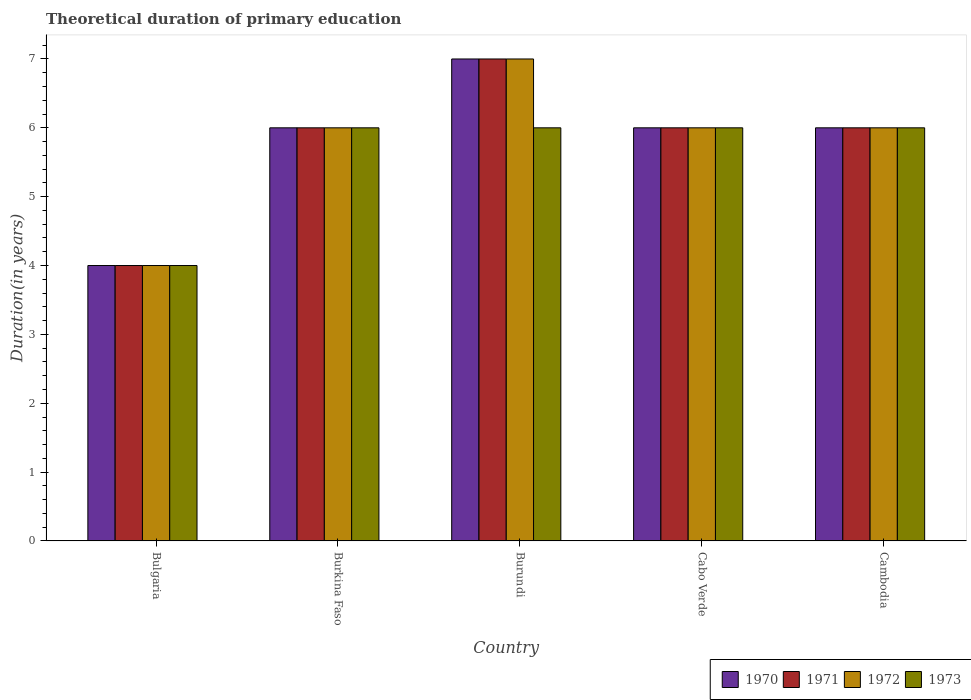
| Country | 1970 | 1971 | 1972 | 1973 |
 | --- | --- | --- | --- | --- |
 | Bulgaria | 4 | 4 | 4 | 4 |
 | Burkina Faso | 6 | 6 | 6 | 6 |
 | Burundi | 7 | 7 | 7 | 6 |
 | Cabo Verde | 6 | 6 | 6 | 6 |
 | Cambodia | 6 | 6 | 6 | 6 |